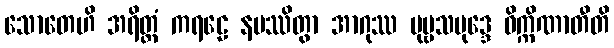
သောတေဟိ အရိတ္တံ ကရဠေ နမဿိတွာ အာဂုဿ ပုဗ္ဗသမုဒ္ဒေ ဝိက္ကိဏာတီတိ